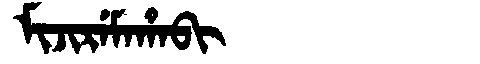
Manchu: ᠮᡳᠵᡳᡵᡝᠮᠠᡥᠠᠪᡳ
Romanization: MIJIREMAHABI